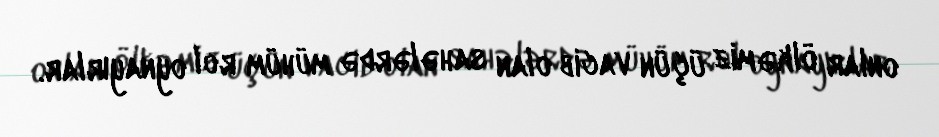
onlar ölkəmiz üçün vacib olan sahələrdə mühüm rol oynayırlar.